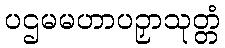
ပဌမမဟာပဉှာသုတ္တံ